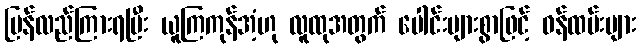
ပြန်လည်ကြားရပြီး ယူကြကုန်အံ့ဟု လူထုအတွက် ပေါင်းများစွာဖြင့် ဝန်ထမ်းများ